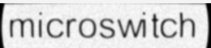
microswitch